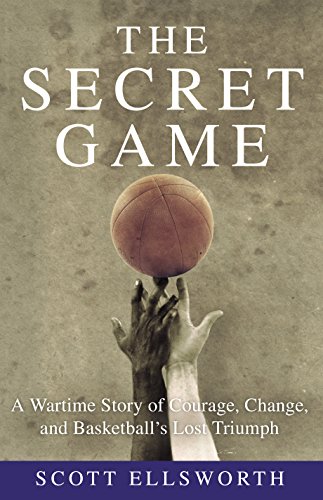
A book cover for The Secret Game: A Wartime Story of Courage, Change, and Basketball's Lost Triumph; Scott Ellsworth; History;